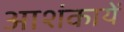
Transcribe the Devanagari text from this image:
आशंकायें